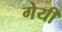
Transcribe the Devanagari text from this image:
गेयी